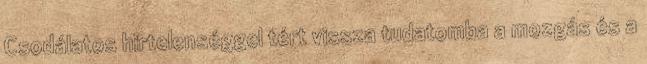
Csodálatos hirtelenséggel tért vissza tudatomba a mozgás és a